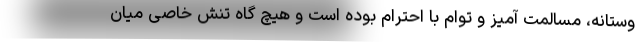
وستانه، مسالمت آمیز و توام با احترام بوده است و هیچ گاه تنش خاصی میان